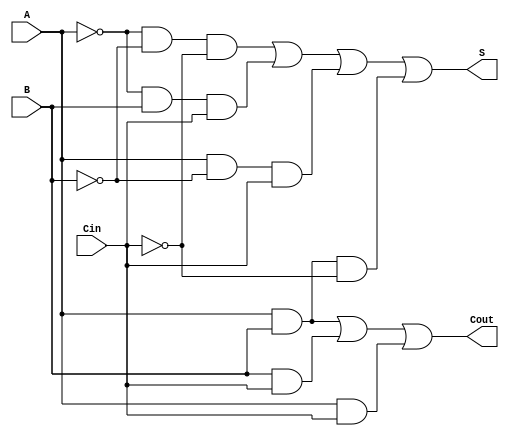
module negative_full_adder (
    input wire A,      // First input bit (negative logic)
    input wire B,      // Second input bit (negative logic)
    input wire Cin,    // Carry-in bit (negative logic)
    output wire S,     // Sum output bit (negative logic)
    output wire Cout   // Carry-out output bit (negative logic)
);
    // Intermediate signals for inverted inputs
    wire A_n = ~A;     // NOT A
    wire B_n = ~B;     // NOT B
    wire Cin_n = ~Cin; // NOT Cin

    // Sum output using the given expression
    assign S = (A_n & B_n & Cin_n) | (A_n & B & Cin) | (A & B_n & Cin) | (A & B & Cin_n);

    // Carry-out output using the given expression
    assign Cout = (A & B) | (B & Cin) | (A & Cin);

endmodule